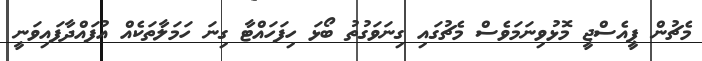
މެޗުން ޕީއެސްޖީ މޮޅުވިނަމަވެސް މެޗުގައި ގިނަވަގުތު ބޯޅަ ހިފަހައްޓާ ގިނަ ހަމަލާތަކެއް އުފައްދާފައިވަނީ